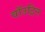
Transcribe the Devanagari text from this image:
वॉउट्रिन